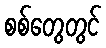
စစ်တွေတွင်